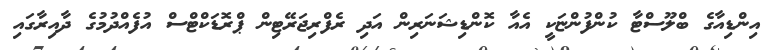
އިންޑިއާގެ ބްލޫސްޓާ ކުންފުންޏަކީ އެއާ ކޮންޑިޝަނަރިން އަދި ރެފްރިޖަރޭޓިން ޕްރޮޑަކްޓްސް އުފެއްދުމުގެ ދާއިރާގައި